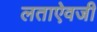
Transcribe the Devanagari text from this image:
लताऐवजी